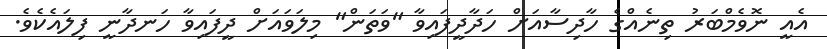
އެއީ ނޮވެމްބަރު ތިނެއްގެ ހާދިސާއަށް ހަދާދީފައިވާ "ވަތަން" މިލަވައަށް ދީފައިވާ ހަނދާނީ ފިލައެކެވެ.